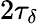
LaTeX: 2\tau_{\delta}